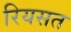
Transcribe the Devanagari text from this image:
रियसत